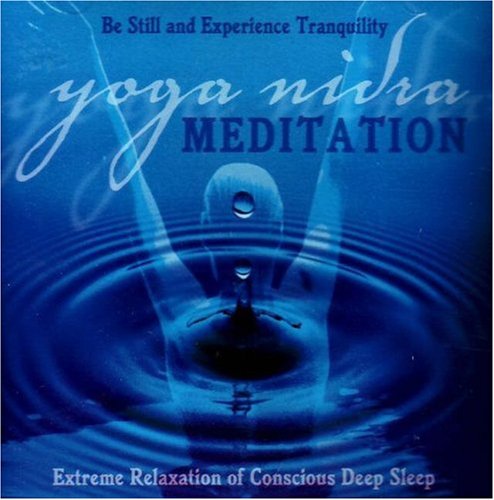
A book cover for Yoga Nidra Meditation CD: Extreme Relaxation of Conscious Deep Sleep; Religion & Spirituality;